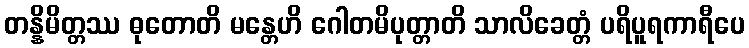
တန္နိမိတ္တဿ ဓုတောတိ မန္တေဟိ ဂေါတမိပုတ္တာတိ သာလိခေတ္တံ ပရိပူရကာရီပေ